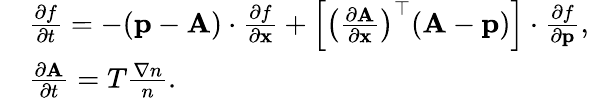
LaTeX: \begin{array}{rl}&{\frac{\partial f}{\partial t}=-({\mathbf p}-{\mathbf A})\cdot\frac{\partial f}{\partial{\mathbf x}}+\left[\left(\frac{\partial{\mathbf A}}{\partial\mathbf x}\right)^{\top}({\mathbf A}-{\mathbf p})\right]\cdot\frac{\partial f}{\partial{\mathbf p}},}\\ &{\frac{\partial{\mathbf A}}{\partial t}=T\frac{\nabla n}{n}.}\end{array}